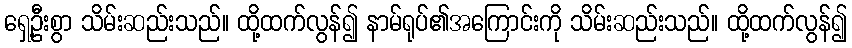
ရှေ့ဦးစွာ သိမ်းဆည်းသည်။ ထို့ထက်လွန်၍ နာမ်ရုပ်၏အကြောင်းကို သိမ်းဆည်းသည်။ ထို့ထက်လွန်၍